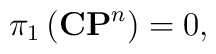
\pi_1\left({\bf CP}^n\right)=0,